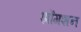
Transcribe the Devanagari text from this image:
झोंगशन